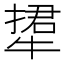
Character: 𤚹